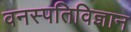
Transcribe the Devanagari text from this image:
वनस्‍पतिविज्ञान